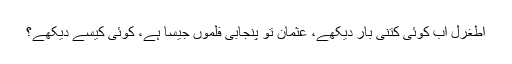
اطغرل اب کوئی کتنی بار دیکھے، عثمان تو پنجابی فلموں جیسا ہے، کوئی کیسے دیکھے؟